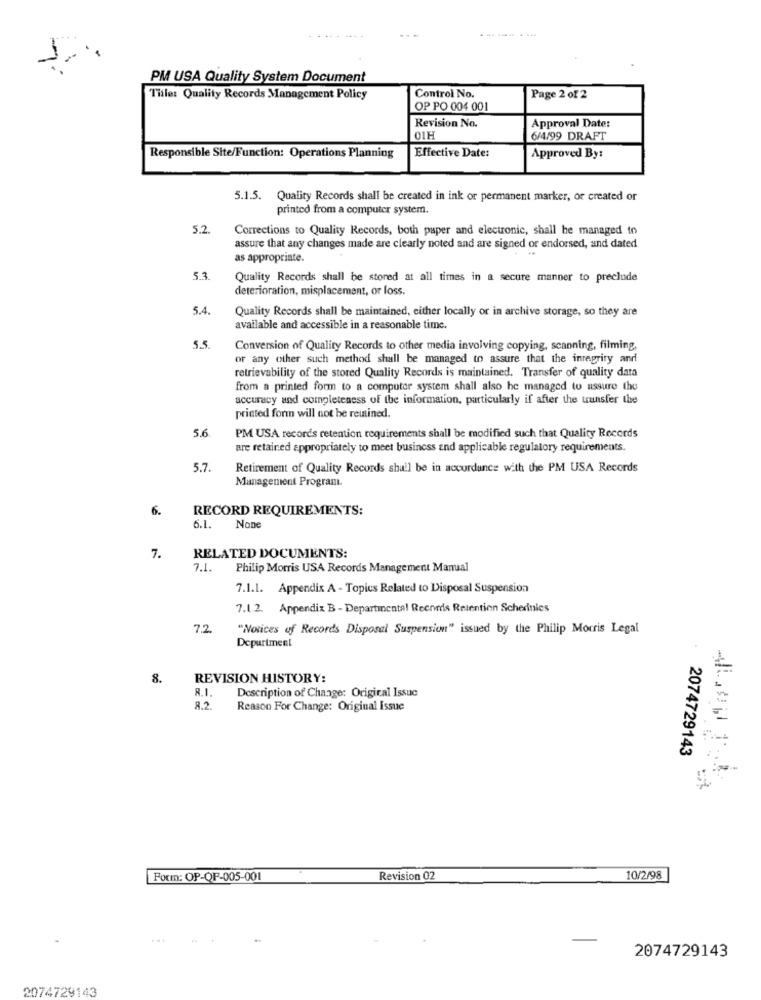
PM USA Quality System Document
Tule: Quality Records Management Policy
Control No.
Page 2 of 2
OP PO 004 001
Approval Date:
Revision No.
01H
6/4/99 DRAFT
Responsible Site/Function: Operations Planning
Effective Date:
Approved By:
5.1.5. Quality Records shall be created in ink or permanent marker, or created or
printed from a computer system.
5.2.
Corrections to Quality Records, both paper and electronic, shall be managed to
assure that any changes made are clearly noted and are signed or endorsed, and dated
as appropriate.
53
Quality Records shall be stored at all times in a secure manner to preclude
deterioration, misplacement, or loss.
5.4.
Quality Records shall be maintained, either locally or in archive storage, so they are
available and accessible in a reasonable time.
5.5
Conversion of Quality Records to other media involving copying, scanning, filming,
or any other such method shall be managed to assure that the integrity and
retrievability of the stored Quality Records is maintained. Transfer of quality data
from a printed form to a computer system shall also he managed to assure the
accuracy and completeness of the information, particularly if after the transfer the
printed form will not be reunined.
5.6
PM USA records retention requirements shall be modified such that Quality Records
are retained appropriately to meet business and applicable regulatory requirements.
5.7
Retirement of Quality Records shall be in accordance with the PM USA Records
Management Programı.
6.
RECORD REQUIREMENTS:
6.1.
7.
RELATED DOCUMENTS:
7.1.
Philip Morris USA Records Management Manual
7.1.1. Appendix A - Topics Related to Disposal Suspension
7.1.2. Appendix B - Departmental Records Retention Schedules
72
"Notices of Records Disposal Suspension" issued by the Philip Morris Legal
Department
8.
REVISION HISTORY:
8.1.
Description of Change: Original Issue
8.2.
Reason For Change: Original Issue
2074729143
Form: OP-QF-005-001
Revision 02
10/2/98
2074729143
2074729143